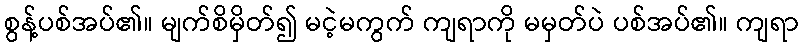
စွန့်ပစ်အပ်၏။ မျက်စိမှိတ်၍ မငဲ့မကွက် ကျရာကို မမှတ်ပဲ ပစ်အပ်၏။ ကျရာ